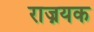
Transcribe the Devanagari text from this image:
राज्नयक